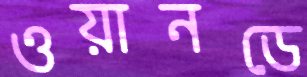
ওয়ানডে